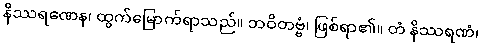
နိဿရဏေန၊ ထွက်မြောက်ရာသည်။ ဘဝိတဗ္ဗံ၊ ဖြစ်ရာ၏။ တံ နိဿရဏံ၊